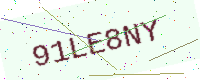
Text: 91LE8NY